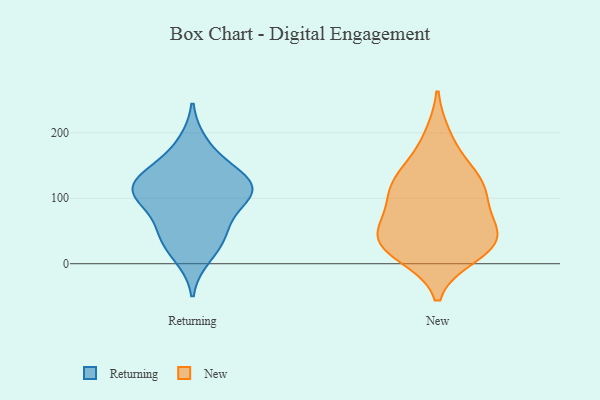
{"axis": {"x": "Churn Rate (%)", "y": "Value"}, "legend": ["New", "Returning"], "data": [{"x": "", "y": 183, "type": "Returning"}, {"x": "", "y": 114, "type": "Returning"}, {"x": "", "y": 95, "type": "Returning"}, {"x": "", "y": 57, "type": "Returning"}, {"x": "", "y": 151, "type": "Returning"}, {"x": "", "y": 102, "type": "Returning"}, {"x": "", "y": 133, "type": "Returning"}, {"x": "", "y": 44, "type": "Returning"}, {"x": "", "y": 119, "type": "Returning"}, {"x": "", "y": 37, "type": "Returning"}, {"x": "", "y": 12, "type": "Returning"}, {"x": "", "y": 119, "type": "Returning"}, {"x": "", "y": 111, "type": "Returning"}, {"x": "", "y": 23, "type": "New"}, {"x": "", "y": 131, "type": "New"}, {"x": "", "y": 29, "type": "New"}, {"x": "", "y": 39, "type": "New"}, {"x": "", "y": 50, "type": "New"}, {"x": "", "y": 111, "type": "New"}, {"x": "", "y": 40, "type": "New"}, {"x": "", "y": 145, "type": "New"}, {"x": "", "y": 104, "type": "New"}, {"x": "", "y": 110, "type": "New"}, {"x": "", "y": 193, "type": "New"}, {"x": "", "y": 65, "type": "New"}, {"x": "", "y": 14, "type": "New"}]}